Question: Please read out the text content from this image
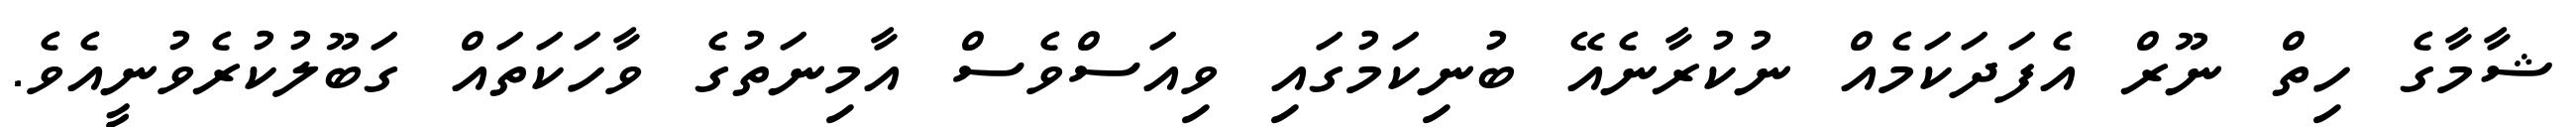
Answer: ޝާމާގެ ހިތް ނޫރް އެފަދަކަމެއް ނުކުރާނެއޭ ބުނިކަމުގައި ވިއަސްވެސް އާމިނަތުގެ ވާހަކަތައް ގަބޫލުކުރެވުނީއެވެ.